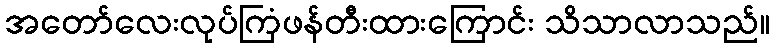
အတော်လေးလုပ်ကြံဖန်တီးထားကြောင်း သိသာလာသည်။